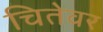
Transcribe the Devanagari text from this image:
चितेवर